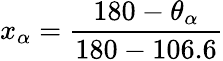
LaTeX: x_{\alpha}=\frac{180-\theta_{\alpha}}{180-106.6}